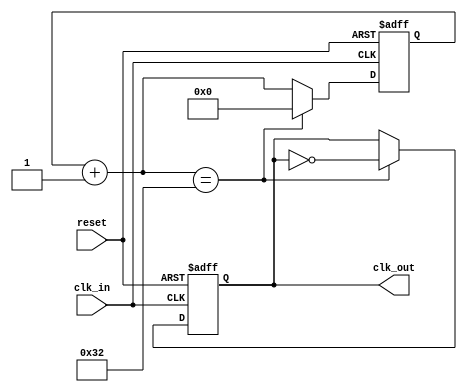
module clk_div(
	input clk_in,
	input reset,
	output clk_out
);
parameter DIV = 100;


reg [31:0]div = DIV/2;

reg [31:0] rreg;
wire [31:0] nxt;
reg track;
 
always @(posedge clk_in or posedge reset)
 
begin
  if (reset)
     begin
        rreg <= 0;
		track <= 1'b0;
     end
 
  else if (nxt == div)
 	   begin
	    rreg <= 0;
	    track <= ~track;
	   end
 
  else 
		rreg <= nxt;
end
 
assign nxt = rreg+1;   	      
assign clk_out = track;

endmodule